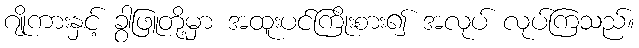
ဂျိုကားနှင့် ခွါဖြူတို့မှာ အထူးပင်ကြိုးစား၍ အလုပ် လုပ်ကြသည်။